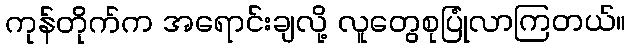
ကုန်တိုက်က အရောင်းချလို့ လူတွေစုပြုံလာကြတယ်။